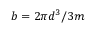
b = 2 \pi d ^ { 3 } / 3 m